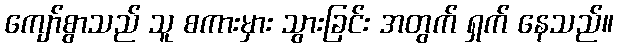
ကျော်စွာသည် သူ စကားမှား သွားခြင်း အတွက် ရှက် နေသည်။